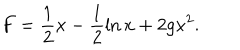
F = \frac { 1 } { 2 } x - \frac { 1 } { 2 } \ln x + 2 g x ^ { 2 } .